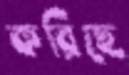
করিছে